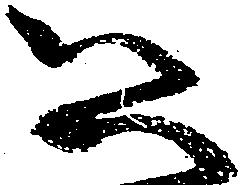
公